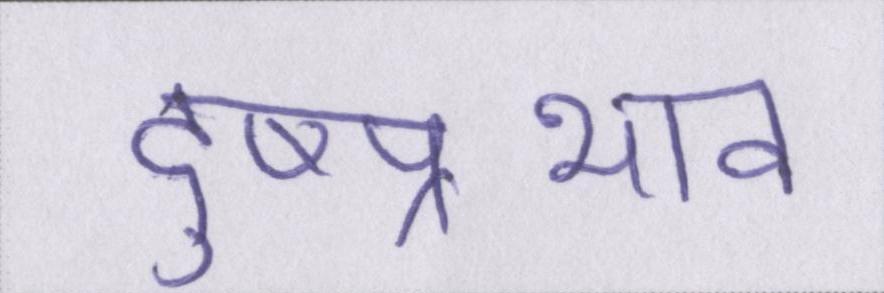
दुष्प्रभाव